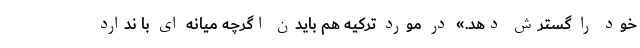
خود را گسترش دهد.» در مورد ترکیه هم بایدن اگرچه میانه ای با ندارد